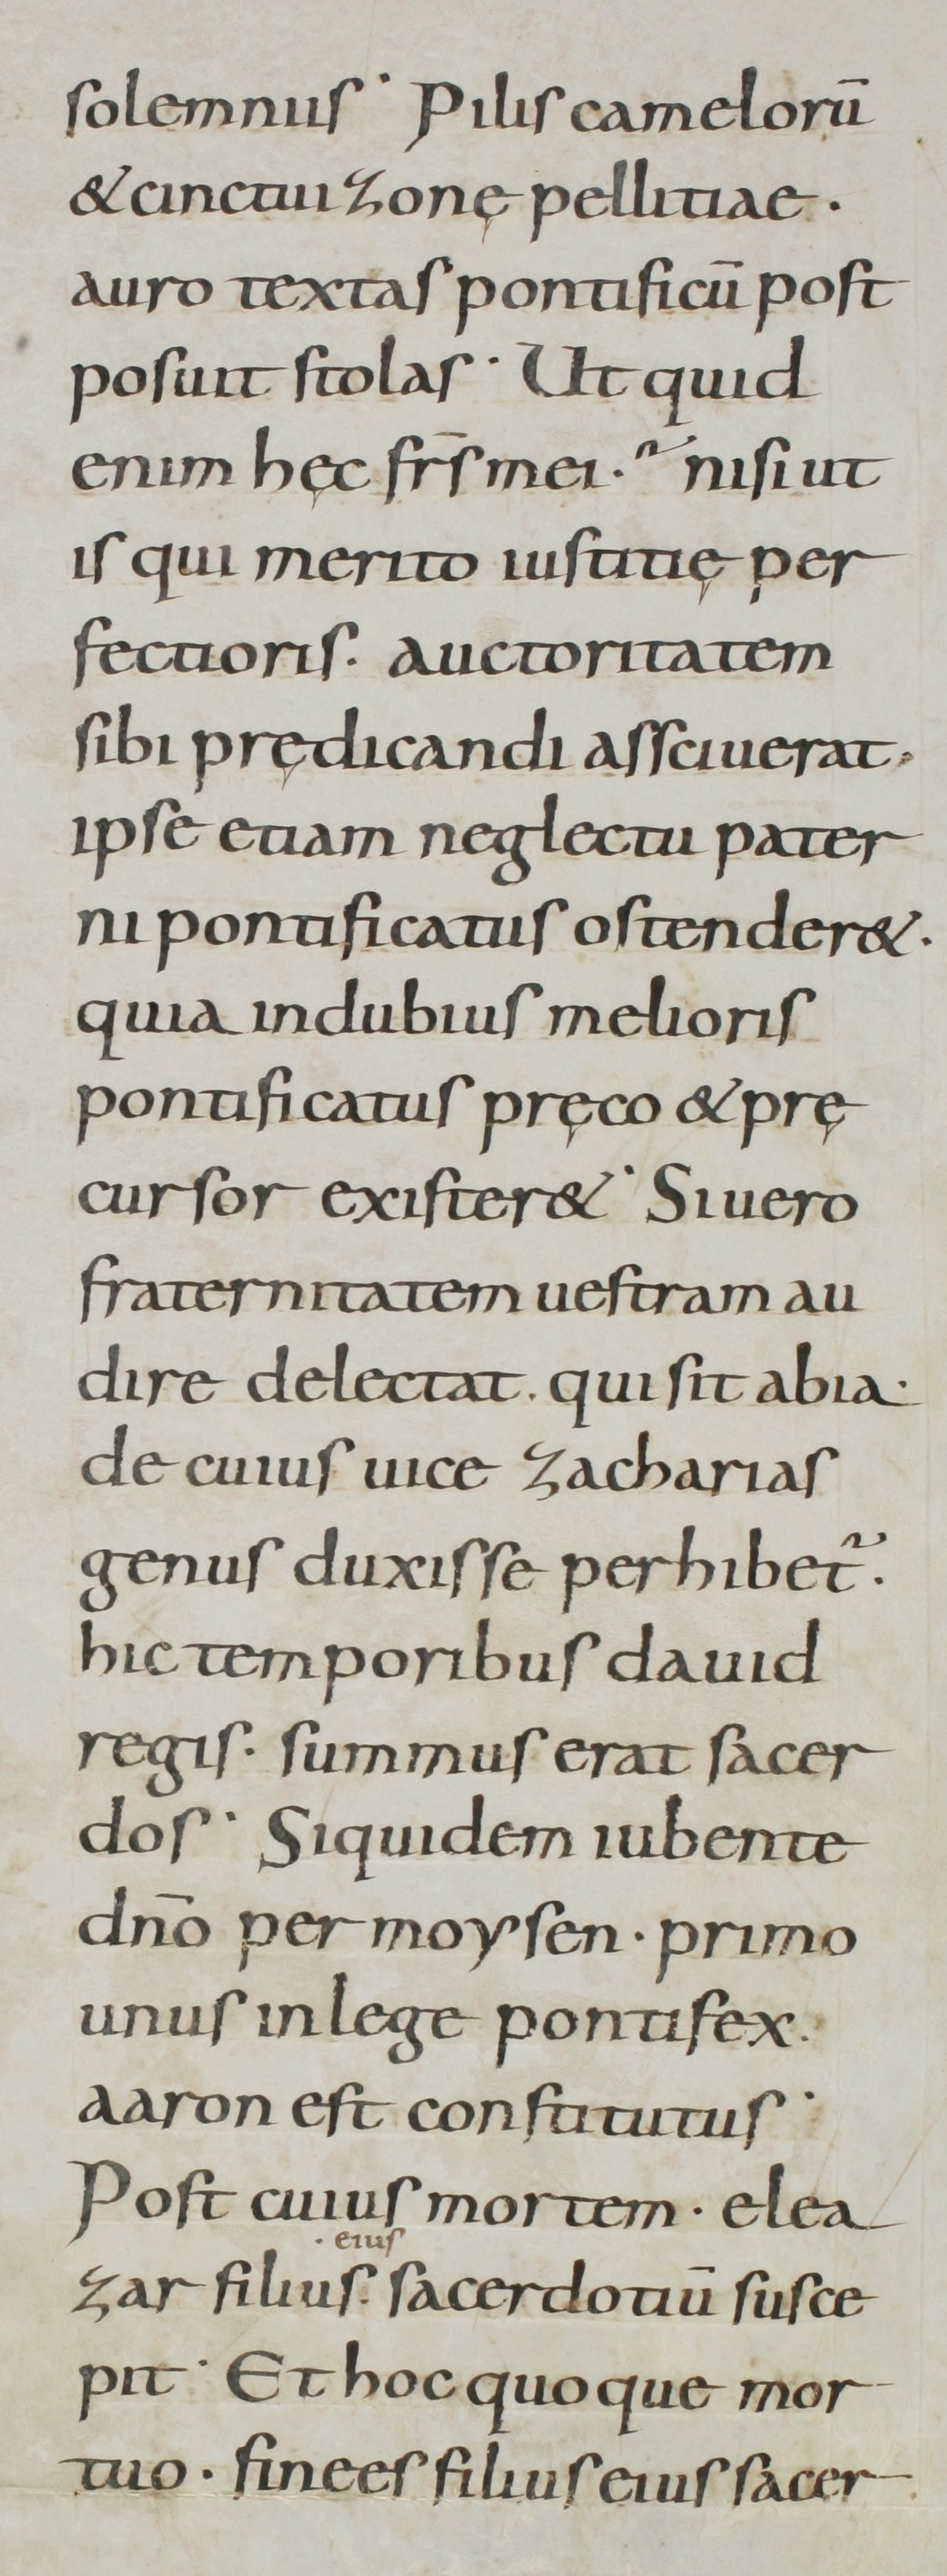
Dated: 800–899